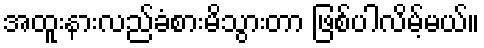
အထူးနားလည်ခံစားမိသွားတာ ဖြစ်ပါလိမ့်မယ်။